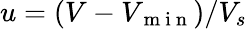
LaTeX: u=(V-V_{\mathrm{~m~i~n~}})/V_{s}